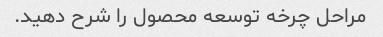
مراحل چرخه توسعه محصول را شرح دهید.